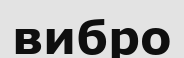
вибро